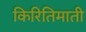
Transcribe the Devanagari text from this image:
किरितिमाती